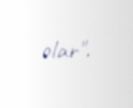
olar".